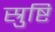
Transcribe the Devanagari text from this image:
स्रुष्टि